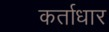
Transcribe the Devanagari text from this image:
कर्ताधार